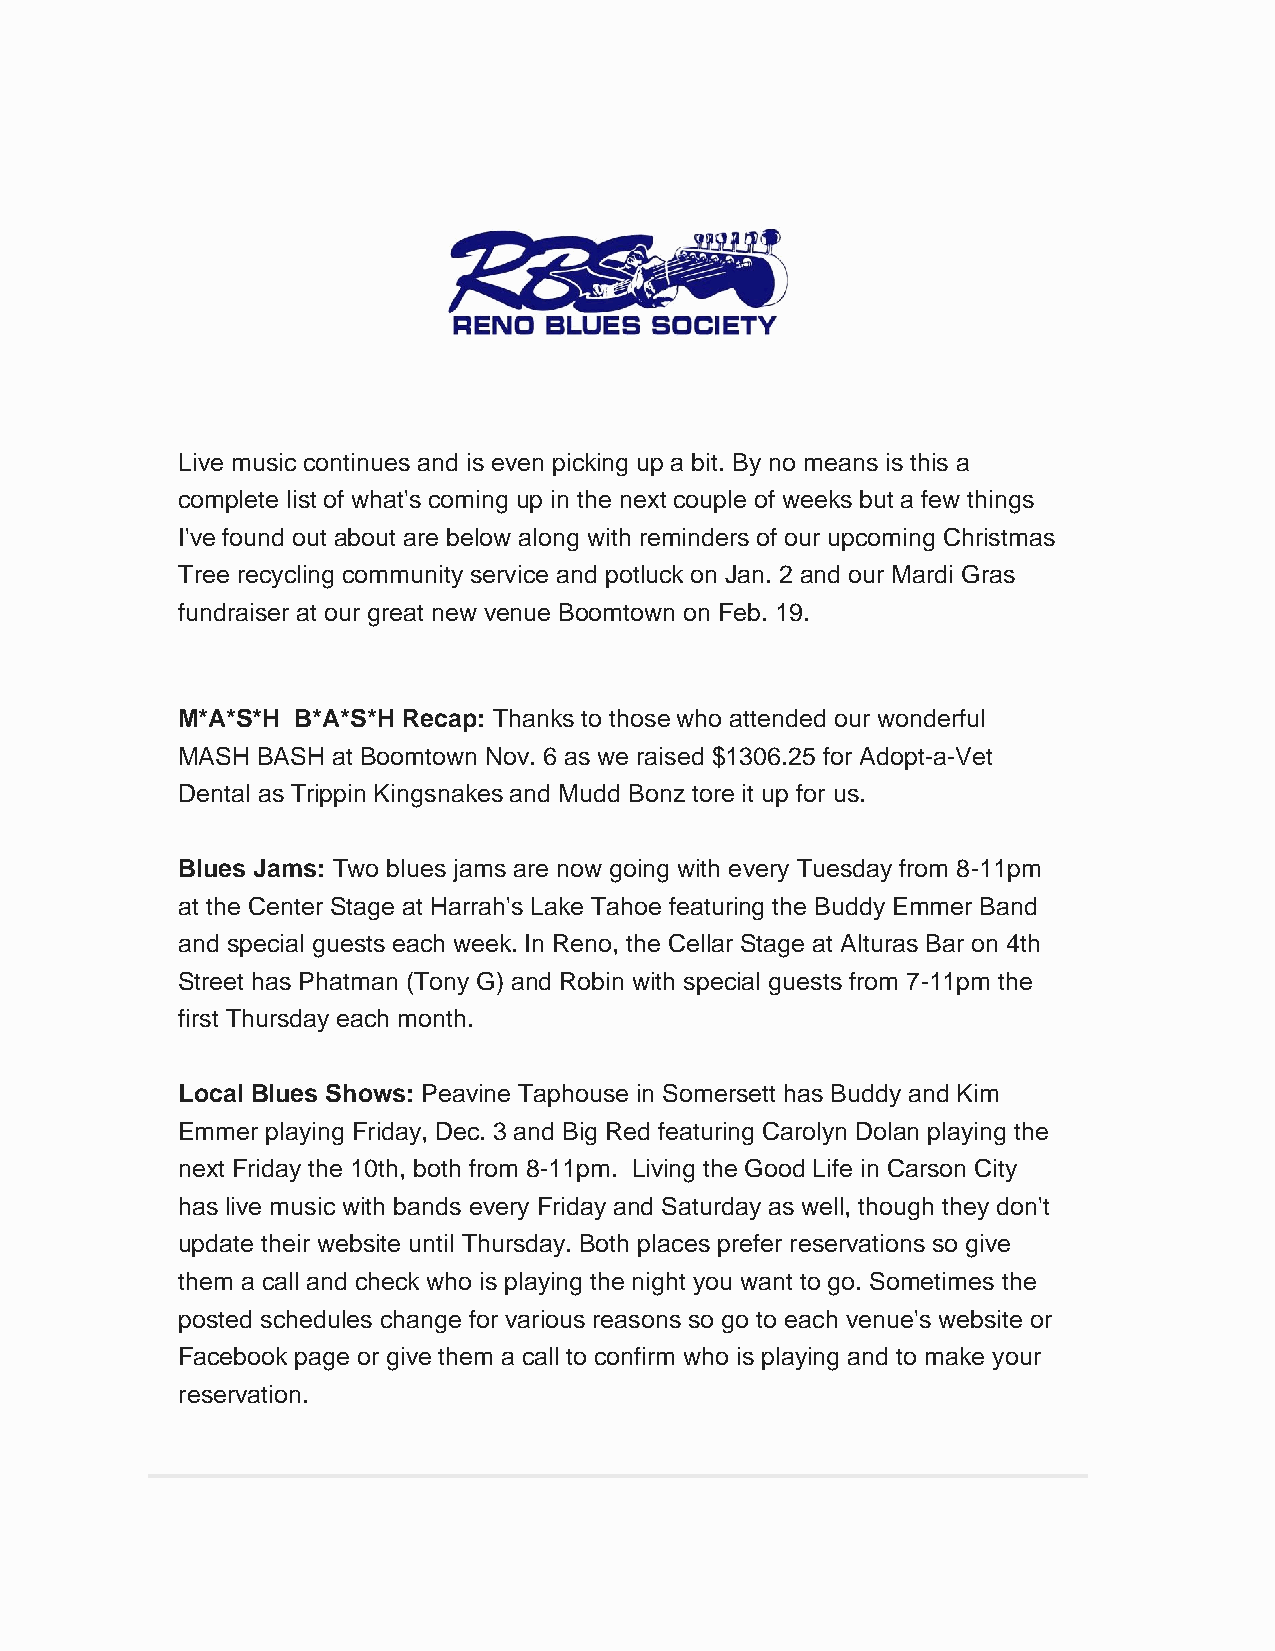
Live music continues and is even picking up a bit. By no means is this a
 complete list of what's coming up in the next couple of weeks but a few things
 I've found out about are below along with reminders of our upcoming Christmas
 Tree recycling community service and potluck on Jan. 2 and our Mardi Gras
 fundraiser at our great new venue Boomtown on Feb. 19.
 M*A*S*H B*A*S*H Recap: Thanks to those who attended our wonderful
 MASH BASH at Boomtown Nov. 6 as we raised $1306.25 for Adopt-a-Vet
 Dental as Trippin Kingsnakes and Mudd Bonz tore it up for us.
 Blues Jams: Two blues jams are now going with every Tuesday from 8-11pm
 at the Center Stage at Harrah's Lake Tahoe featuring the Buddy Emmer Band
 and special guests each week. In Reno, the Cellar Stage at Alturas Bar on 4th
 Street has Phatman (Tony G) and Robin with special guests from 7-11pm the
 first Thursday each month.
 Local Blues Shows: Peavine Taphouse in Somersett has Buddy and Kim
 Emmer playing Friday, Dec. 3 and Big Red featuring Carolyn Dolan playing the
 next Friday the 10th, both from 8-11pm. Living the Good Life in Carson City
 has live music with bands every Friday and Saturday as well, though they don't
 update their website until Thursday. Both places prefer reservations so give
 them a call and check who is playing the night you want to go. Sometimes the
 posted schedules change for various reasons so go to each venue's website or
 Facebook page or give them a call to confirm who is playing and to make your
 reservation.